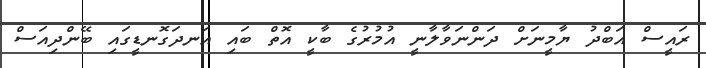
ރައީސް އަބްދު ޔާމީނަށް ދަންނަވާލާނީ އުމުރުގެ ބާކީ އޮތް ބައި އަނދަގޮނޑީގައި ބޭންދިއަސް